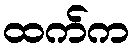
ထက်က